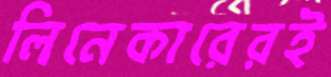
লিনেকারেরই